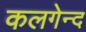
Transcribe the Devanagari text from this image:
कलगेन्द